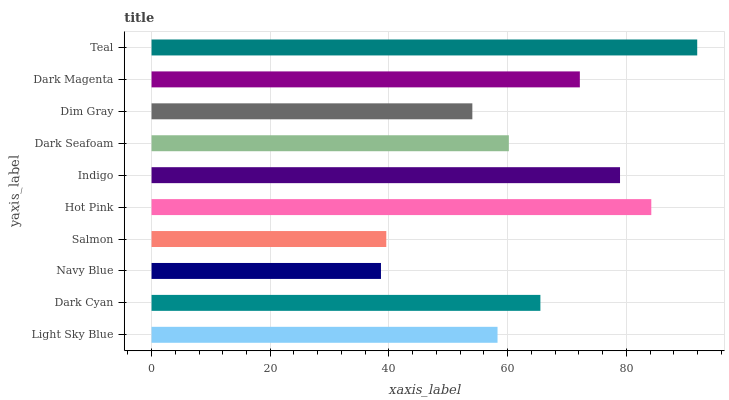
| yaxis_label | bars |
 | --- | --- |
 | Light Sky Blue | 58.3 |
 | Dark Cyan | 65.5 |
 | Navy Blue | 38.7 |
 | Salmon | 39.6 |
 | Hot Pink | 84.2 |
 | Indigo | 78.9 |
 | Dark Seafoam | 60.2 |
 | Dim Gray | 54.1 |
 | Dark Magenta | 72.2 |
 | Teal | 91.9 |